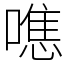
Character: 㗹